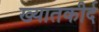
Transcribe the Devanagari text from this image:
ख्यातकीर्द